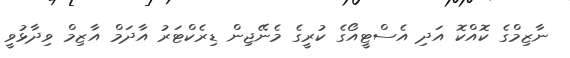
ނާޒިމްގެ ކޮއްކޮ އަދި އެސްޓީއޯގެ ކުރީގެ މެނޭޖިން ޑިރެކްޓަރު އާދަމް އާޒިމް ވިދާޅުވީ